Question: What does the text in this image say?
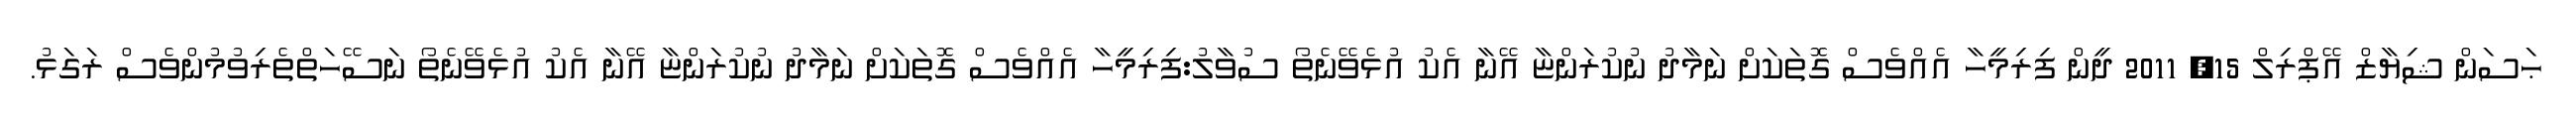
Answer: ޙަސަން ޝިޔާޒް އޭޕްރިލް 15, 2011 ދީން ފިރިމީހާ އެއްވެސް ގޮތަކަށް ނަމާދު ނުކުރަންޏާ އޭނާ އެކު އުޅެވޭނެތޯ ސުވާލު:ފިރިމީހާ އެއްވެސް ގޮތަކަށް ނަމާދު ނުކުރަންޏާ އޭނާ އެކު އުޅެވޭނެތޯ ނަސޭހަތްތެރިވުމުންވެސް ރަގަޅު.